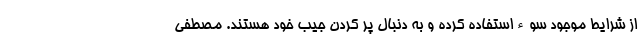
از شرایط موجود سوءاستفاده کرده و به دنبال پر کردن جیب خود هستند. مصطفی